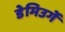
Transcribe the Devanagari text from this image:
डेमिउर्गे